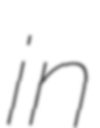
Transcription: in